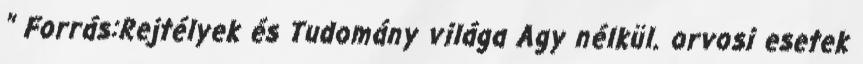
" Forrás:Rejtélyek és Tudomány világa Agy nélkül. orvosi esetek